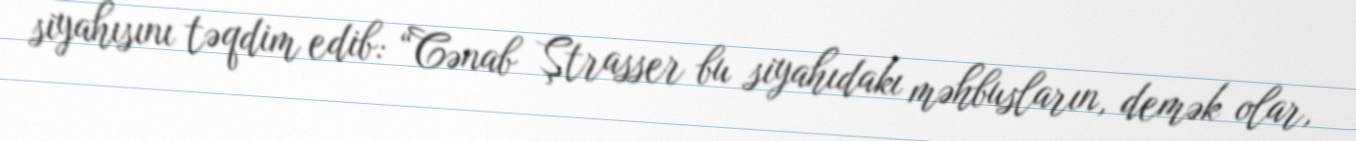
siyahısını təqdim edib: “Cənab Ştrasser bu siyahıdakı məhbusların, demək olar,